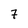
Character: 7